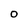
Character: O